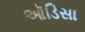
ઑડિસા